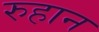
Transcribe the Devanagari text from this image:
रुहान